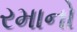
રમાનો